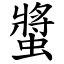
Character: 螿